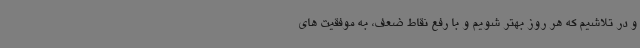
و در تلاشیم که هر روز بهتر شویم و با رفع نقاط ضعف، به موفقیت های